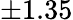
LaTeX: \pm 1.35